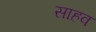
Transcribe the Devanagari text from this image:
साहव